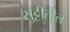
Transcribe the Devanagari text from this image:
सुट्टीतील